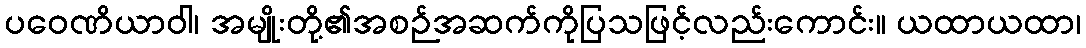
ပဝေဏိယာဝါ၊ အမျိုးတို့၏အစဉ်အဆက်ကိုပြသဖြင့်လည်းကောင်း။ ယထာယထာ၊